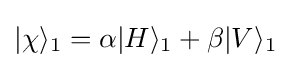
|\chi \rangle _{1}=\alpha |H\rangle _{1}+\beta |V\rangle _{1}